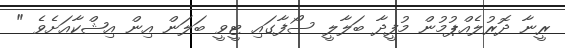
ރީނާ ދޮރުލެއްޕުމުން މުފީދާ ބަލާލީ ސޯފާގައި ޓީވީ ބަލަން އިން އިޝްކާއަށެވެ "